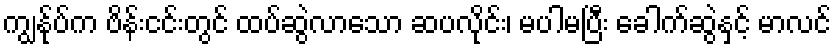
ကျွန်ုပ်က ဗိန်းငင်းတွင် ထပ်ဆွဲလာသော ဆပလိုင်း၊ မပါမပြီး ခေါက်ဆွဲနှင့် မာလင်